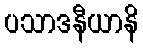
ပသာဒနီယာနိ